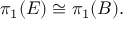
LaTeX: \pi _ { 1 } ( E ) \cong \pi _ { 1 } ( B ) .